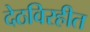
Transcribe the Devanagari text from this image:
देठविरहीत